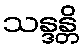
သန္ဒန္တိ